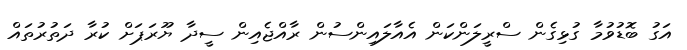
އަގު ބޮޑުވުމާ ގުޅިގެން ސްރީލަންކަން އެއާލައިންސުން ރާއްޖެއިން ސީދާ ޔޫރަޕަށް ކުރާ ދަތުރުތައް